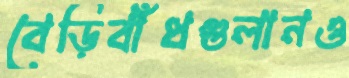
বেড়িবাঁধগুলানও